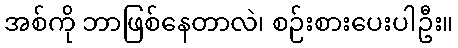
အစ်ကို ဘာဖြစ်နေတာလဲ၊ စဉ်းစားပေးပါဦး။